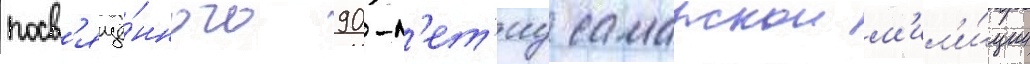
посв'ящё́нного 90-л'ет'иу самарскои м'ил'и́ции